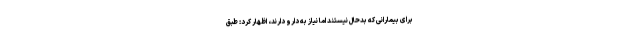
برای بیمارانی که بدحال نیستند اما نیاز به دارو دارند، اظهار کرد: طبق